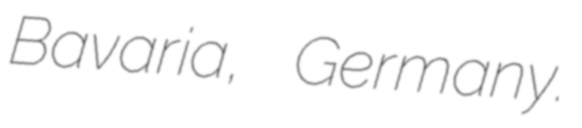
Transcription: Bavaria, Germany.